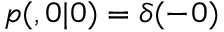
p ( \r , 0 | \r _ { 0 } ) = \delta ( \r - \r _ { 0 } )